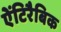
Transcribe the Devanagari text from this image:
ऐंटिरैबिक